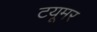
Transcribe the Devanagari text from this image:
टयूमर